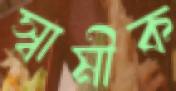
স্বামীক